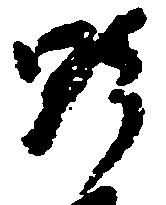
野